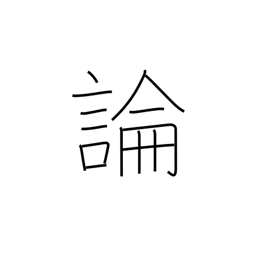
Meaning: argument